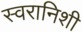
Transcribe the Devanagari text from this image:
स्वरानिशी